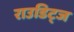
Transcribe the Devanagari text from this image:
राउडिट्ज